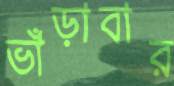
ভাঁড়াবার